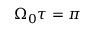
\Omega _ { 0 } \tau = \pi